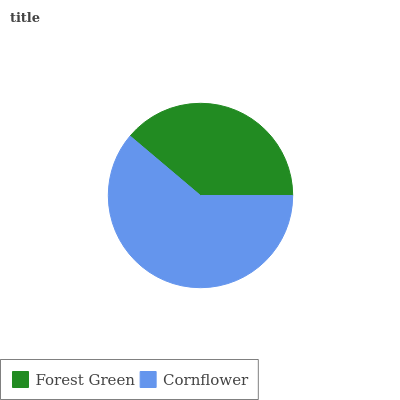
| Forest Green | Cornflower |
 | --- | --- |
 | 38.9% | 61.1% |